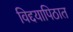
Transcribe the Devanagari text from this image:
विद्दयापिठात